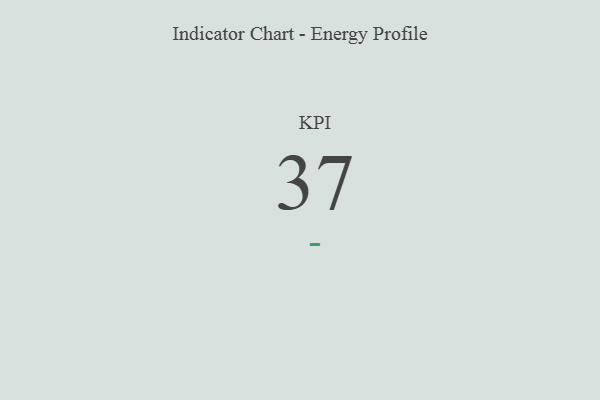
{"axis": {"x": "KPI", "y": "Value"}, "legend": [""], "data": [{"x": "KPI", "y": 37, "type": ""}]}